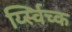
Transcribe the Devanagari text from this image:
र्य्स्विच्क